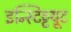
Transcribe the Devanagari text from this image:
इन्स्टिट्टयूट